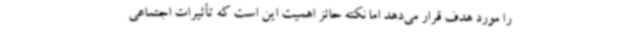
را مورد هدف قرار می‌دهد اما نکته حائز اهمیت این است که تأثیرات اجتماعی